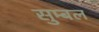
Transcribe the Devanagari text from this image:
सुम्बल